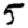
Digit: 5